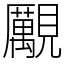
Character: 𧢝